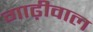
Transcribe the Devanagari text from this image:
गाढ़ीवाल